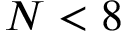
N < 8